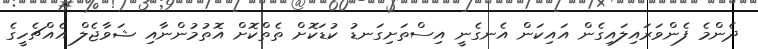
ދެންމެ ފެންވަރައިލައިގެން އައިކަން އެނގެނީ އިސްތަށިގަނޑު ކުޑަކޮށް ތެތްކޮށް އޮތުމުންނާއި ޝަވާޖެލް އެއްޗެހީގެ